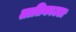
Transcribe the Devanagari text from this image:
लातिकाउडा